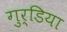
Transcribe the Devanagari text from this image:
गुर्डिया